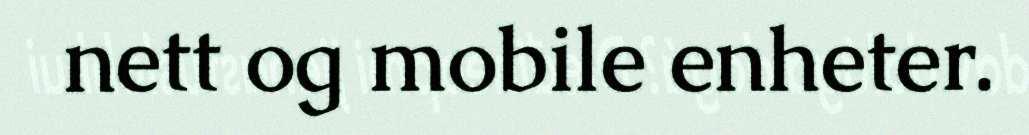
nett og mobile enheter.